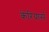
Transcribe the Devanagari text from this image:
केरियार्स